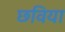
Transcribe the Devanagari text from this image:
छविया